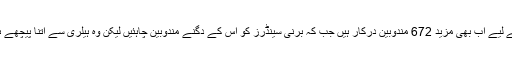
ہیلری کلنٹن کو اپنی پارٹی کا صدارتی امیدوار بننے کے لیے اب بھی مزید 672 مندوبین درکار ہیں جب کہ برنی سینڈرز کو اس کے دگنے مندوبین چاہئیں لیکن وہ ہیلری سے اتنا پیچھے ہونے کے باوجود اپنی فتح کے لیے خاصے پرامید ہیں۔